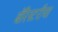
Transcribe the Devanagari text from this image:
बॅरिस्टरीचा